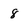
Character: 8